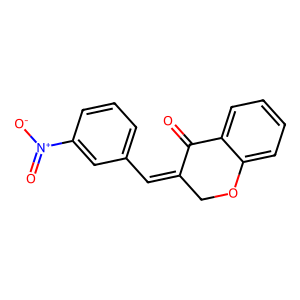
SMILES: O=C1C(=Cc2cccc([N+](=O)[O-])c2)COc2ccccc21
Inhibits HIV replication: No